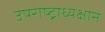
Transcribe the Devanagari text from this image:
उपराष्ट्राध्यक्षाने